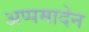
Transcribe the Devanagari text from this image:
अप्पमादेन